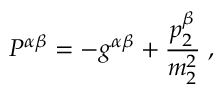
{ \cal P } ^ { \alpha \beta } = - g ^ { \alpha \beta } + \frac { p _ { 2 } ^ { \beta } } { m _ { 2 } ^ { 2 } } \; ,